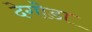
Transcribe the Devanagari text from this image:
देगोडा